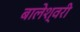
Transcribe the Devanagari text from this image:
बालेश्वरी